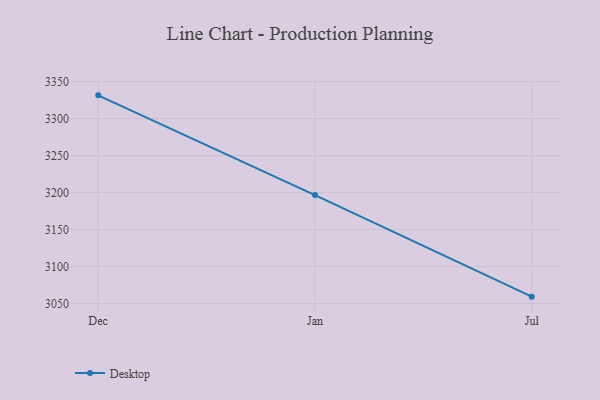
{"axis": {"x": "Month", "y": "Production Output"}, "legend": ["Desktop"], "data": [{"x": "Dec", "y": 3331.5, "type": "Desktop"}, {"x": "Jan", "y": 3196.6, "type": "Desktop"}, {"x": "Jul", "y": 3059.2, "type": "Desktop"}]}